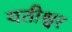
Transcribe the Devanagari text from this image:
यतीश्वर